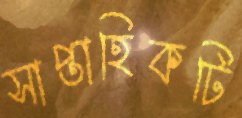
সাপ্তাহিকটি